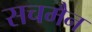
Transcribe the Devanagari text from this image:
सचमैन